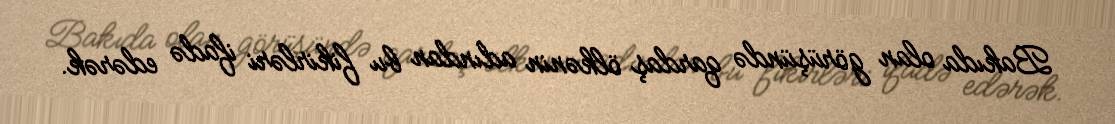
Bakıda olan görüşündə qardaş ölkənin adından bu fikirləri ifadə edərək.